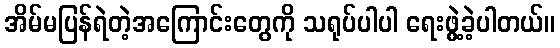
အိမ်မပြန်ရဲတဲ့အကြောင်းတွေကို သရုပ်ပါပါ ရေးဖွဲ့ခဲ့ပါတယ်။